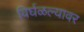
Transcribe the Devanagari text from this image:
विर्घळल्यावर